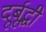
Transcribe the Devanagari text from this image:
दूर्बूद्धी